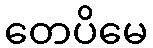
တေပိမေ